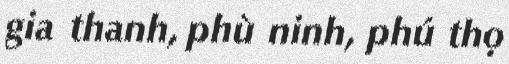
gia thanh, phù ninh, phú thọ